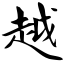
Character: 越